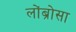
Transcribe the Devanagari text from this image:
लोंब्रोसा